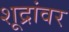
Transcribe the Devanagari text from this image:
शूद्रांवर